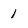
Character: 1